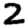
Digit: 2